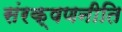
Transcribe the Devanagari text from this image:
संरक्षणनीति